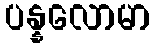
ပန္နလောမာ